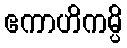
ဧကာဟိကမ္ပိ